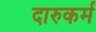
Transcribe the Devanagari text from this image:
दारुकर्म